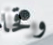
وقحا